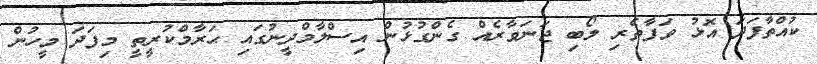
ކުއްތާފަދަ އޮޅު ވަފާތެރި ލޯބި ޖަނަވާރެއް ގެންގުޅުން އިސްލާމްދީނުގައި ޙަރާމްކުރީތީ މިފަދަ މީހުން